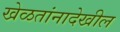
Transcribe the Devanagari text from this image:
खेळतांनादेखील